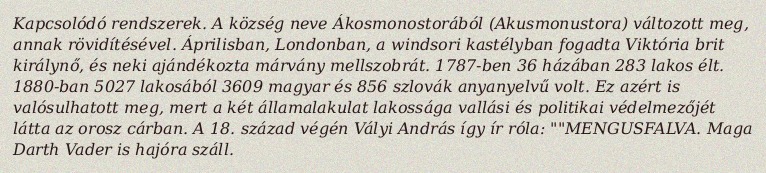
Kapcsolódó rendszerek. A község neve Ákosmonostorából (Akusmonustora) változott meg, annak rövidítésével. Áprilisban, Londonban, a windsori kastélyban fogadta Viktória brit királynő, és neki ajándékozta márvány mellszobrát. 1787-ben 36 házában 283 lakos élt. 1880-ban 5027 lakosából 3609 magyar és 856 szlovák anyanyelvű volt. Ez azért is valósulhatott meg, mert a két államalakulat lakossága vallási és politikai védelmezőjét látta az orosz cárban. A 18. század végén Vályi András így ír róla: ""MENGUSFALVA. Maga Darth Vader is hajóra száll.